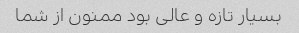
بسیار تازه و عالی بود ممنون از شما